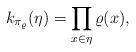
LaTeX: \begin{align*} k_{\pi_\varrho} (\eta) = \prod_{x\in \eta} \varrho (x), \end{align*}